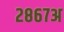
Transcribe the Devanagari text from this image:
२८६७अ